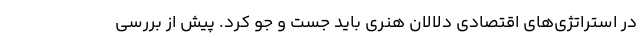
در استراتژی‌های اقتصادی دلالان هنری باید جست و جو کرد. پیش از بررسی